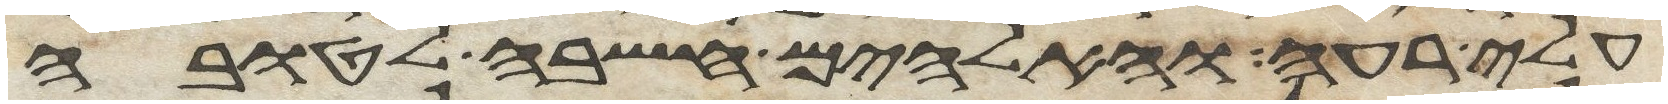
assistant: עלי רעה והאלהים חשבה לטובה